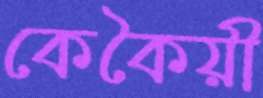
কেকৈয়ী